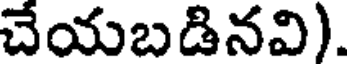
చేయబడినవి).